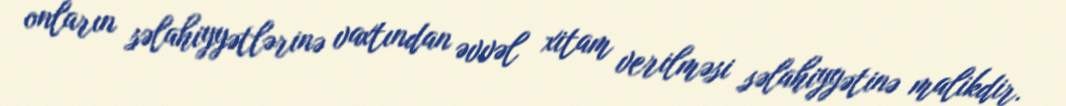
onların səlahiyyətlərinə vaxtından əvvəl xitam verilməsi səlahiyyətinə malikdir.